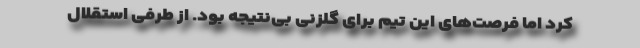
کرد اما فرصت‌های این تیم برای گلزنی بی‌نتیجه بود. از طرفی استقلال